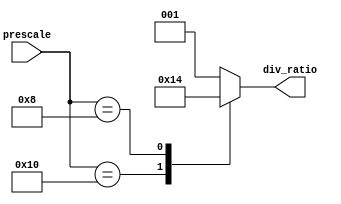
`timescale 1ns / 1ps

//////////////////////////////////////////////////////////////////////////////////
// Diploma: By Eng. Ali Mohamed Eltemsah
// Design Name: DigIC_Dip08_09_V_Final_System
// Module Name: div_ratio_mux
// Project Name: Final System
//////////////////////////////////////////////////////////////////////////////////


module CLKDIV_MUX #(parameter PRESCALE = 32, DIVIDED_RATIO_WIDTH = 3)(
        input   wire    [$clog2(PRESCALE) : 0]  prescale,
        output  reg     [DIVIDED_RATIO_WIDTH - 1 : 0]   div_ratio
    );

always @(*)
    begin
        case (prescale)
            'd32:       div_ratio = 1;
            'd16:       div_ratio = 2;
            'd08:       div_ratio = 4;
            default:    div_ratio = 1;
        endcase
    end
endmodule